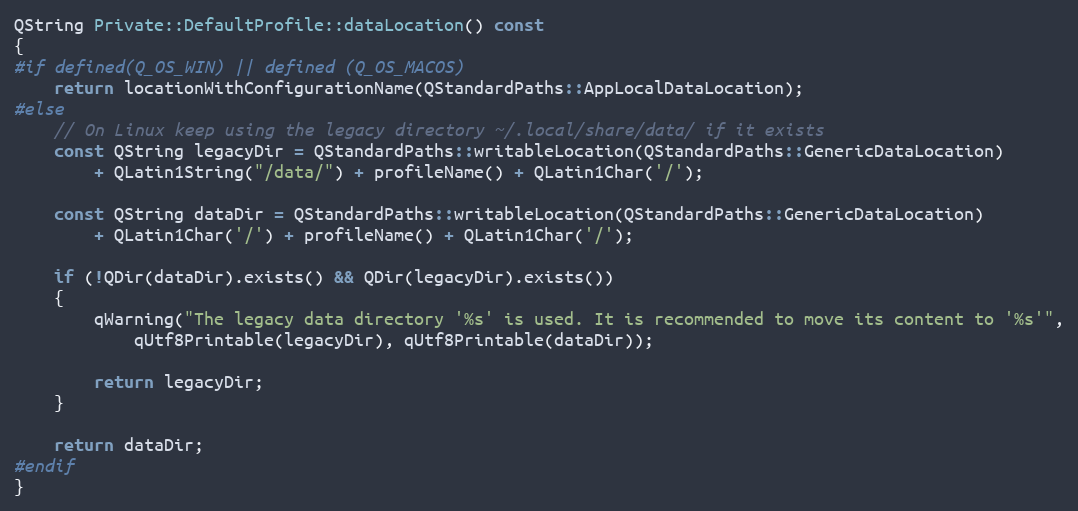
Language: C++
QString Private::DefaultProfile::dataLocation() const
{
#if defined(Q_OS_WIN) || defined (Q_OS_MACOS)
    return locationWithConfigurationName(QStandardPaths::AppLocalDataLocation);
#else
    // On Linux keep using the legacy directory ~/.local/share/data/ if it exists
    const QString legacyDir = QStandardPaths::writableLocation(QStandardPaths::GenericDataLocation)
        + QLatin1String("/data/") + profileName() + QLatin1Char('/');

    const QString dataDir = QStandardPaths::writableLocation(QStandardPaths::GenericDataLocation)
        + QLatin1Char('/') + profileName() + QLatin1Char('/');

    if (!QDir(dataDir).exists() && QDir(legacyDir).exists())
    {
        qWarning("The legacy data directory '%s' is used. It is recommended to move its content to '%s'",
            qUtf8Printable(legacyDir), qUtf8Printable(dataDir));

        return legacyDir;
    }

    return dataDir;
#endif
}